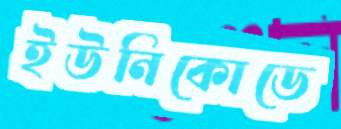
ইউনিকোডে